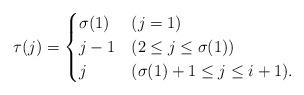
LaTeX: \begin{gather*} \tau(j)= \begin{cases} \sigma(1) & (j=1)\\ j-1 & (2\le j\le \sigma(1))\\ j &(\sigma(1)+1\le j\le i+1). \end{cases} \end{gather*}